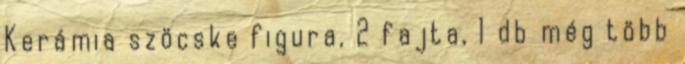
Kerámia szöcske figura, 2 fajta, 1 db még több